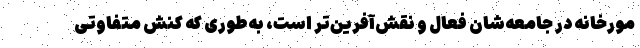
مورخانه در جامعه‌شان فعال و نقش‌آفرین‌تر است، به‌طوری که کنش متفاوتی